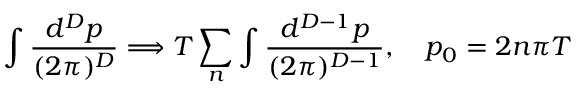
\int \frac { d ^ { D } p } { ( 2 \pi ) ^ { D } } \Longrightarrow T \sum _ { n } \int \frac { d ^ { D - 1 } p } { ( 2 \pi ) ^ { D - 1 } } , \quad p _ { 0 } = 2 n \pi T